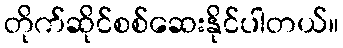
တိုက်ဆိုင်စစ်ဆေးနိုင်ပါတယ်။